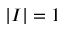
\left| I \right| = 1